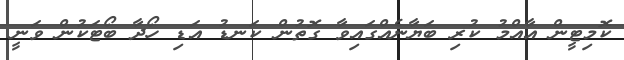
ކޮމިޓީން އާއްމު ކުރި ބަޔާނެއްގައިވާ ގޮތުން ކަނޑު އަޑި ހޯދާ ބޯޓަކުން ވަނީ